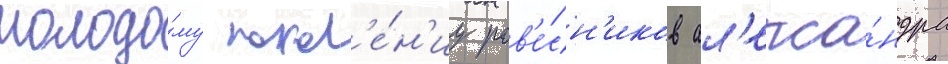
молодо́му покол'е́н'иу ров'е́сн'иков ал'екса́ндра